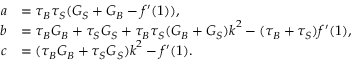
\begin{array} { r l } { a } & { = \tau _ { B } \tau _ { S } ( G _ { S } + G _ { B } - f ^ { \prime } ( 1 ) ) , } \\ { b } & { = \tau _ { B } G _ { B } + \tau _ { S } G _ { S } + \tau _ { B } \tau _ { S } ( G _ { B } + G _ { S } ) \boldsymbol { k } ^ { 2 } - ( \tau _ { B } + \tau _ { S } ) f ^ { \prime } ( 1 ) , } \\ { c } & { = ( \tau _ { B } G _ { B } + \tau _ { S } G _ { S } ) \boldsymbol { k } ^ { 2 } - f ^ { \prime } ( 1 ) . } \end{array}